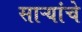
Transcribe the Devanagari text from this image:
साऱ्यांचे